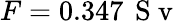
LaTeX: F=0.347\, \mathrm{~S~v~}